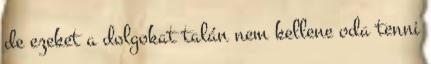
de ezeket a dolgokat talán nem kellene oda tenni